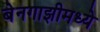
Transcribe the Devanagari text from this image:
बेनगाझीमध्ये